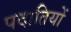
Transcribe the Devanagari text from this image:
पदातियों